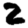
Digit: 2